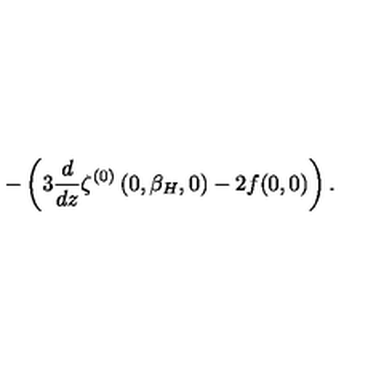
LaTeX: - \left( 3 { \frac { d } { d z } } \zeta ^ { ( 0 ) } \left( 0 , \beta _ { H } , 0 \right) - 2 f ( 0 , 0 ) \right) .